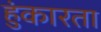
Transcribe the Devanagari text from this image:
हुंकारता